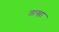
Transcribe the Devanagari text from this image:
ताखा